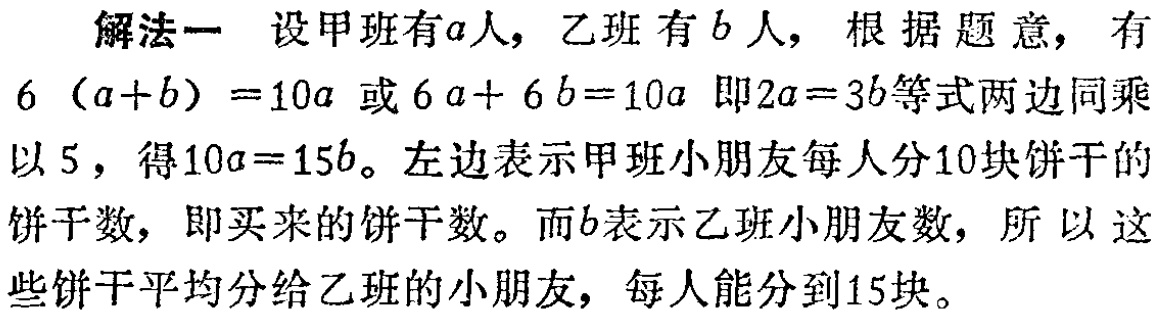
解法一 设甲班有\(a\)人，乙班 有\(b\)人，根据题意，有

\(6(a + b)=10a\) 或 \(6a + 6b = 10a\) 即\(2a = 3b\)等式两边同乘

以\(5\)，得\(10a = 15b\)。左边表示甲班小朋友每人分\(10\)块饼干的

饼干数，即买来的饼干数。而\(b\)表示乙班小朋友数，所以 这

些饼干平均分给乙班的小朋友，每人能分到\(15\)块。